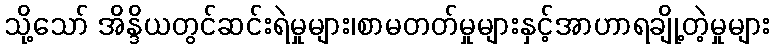
သို့သော် အိန္ဒိယတွင်ဆင်းရဲမှုများ၊စာမတတ်မှုများနှင့်အာဟာရချို့တဲ့မှုများ